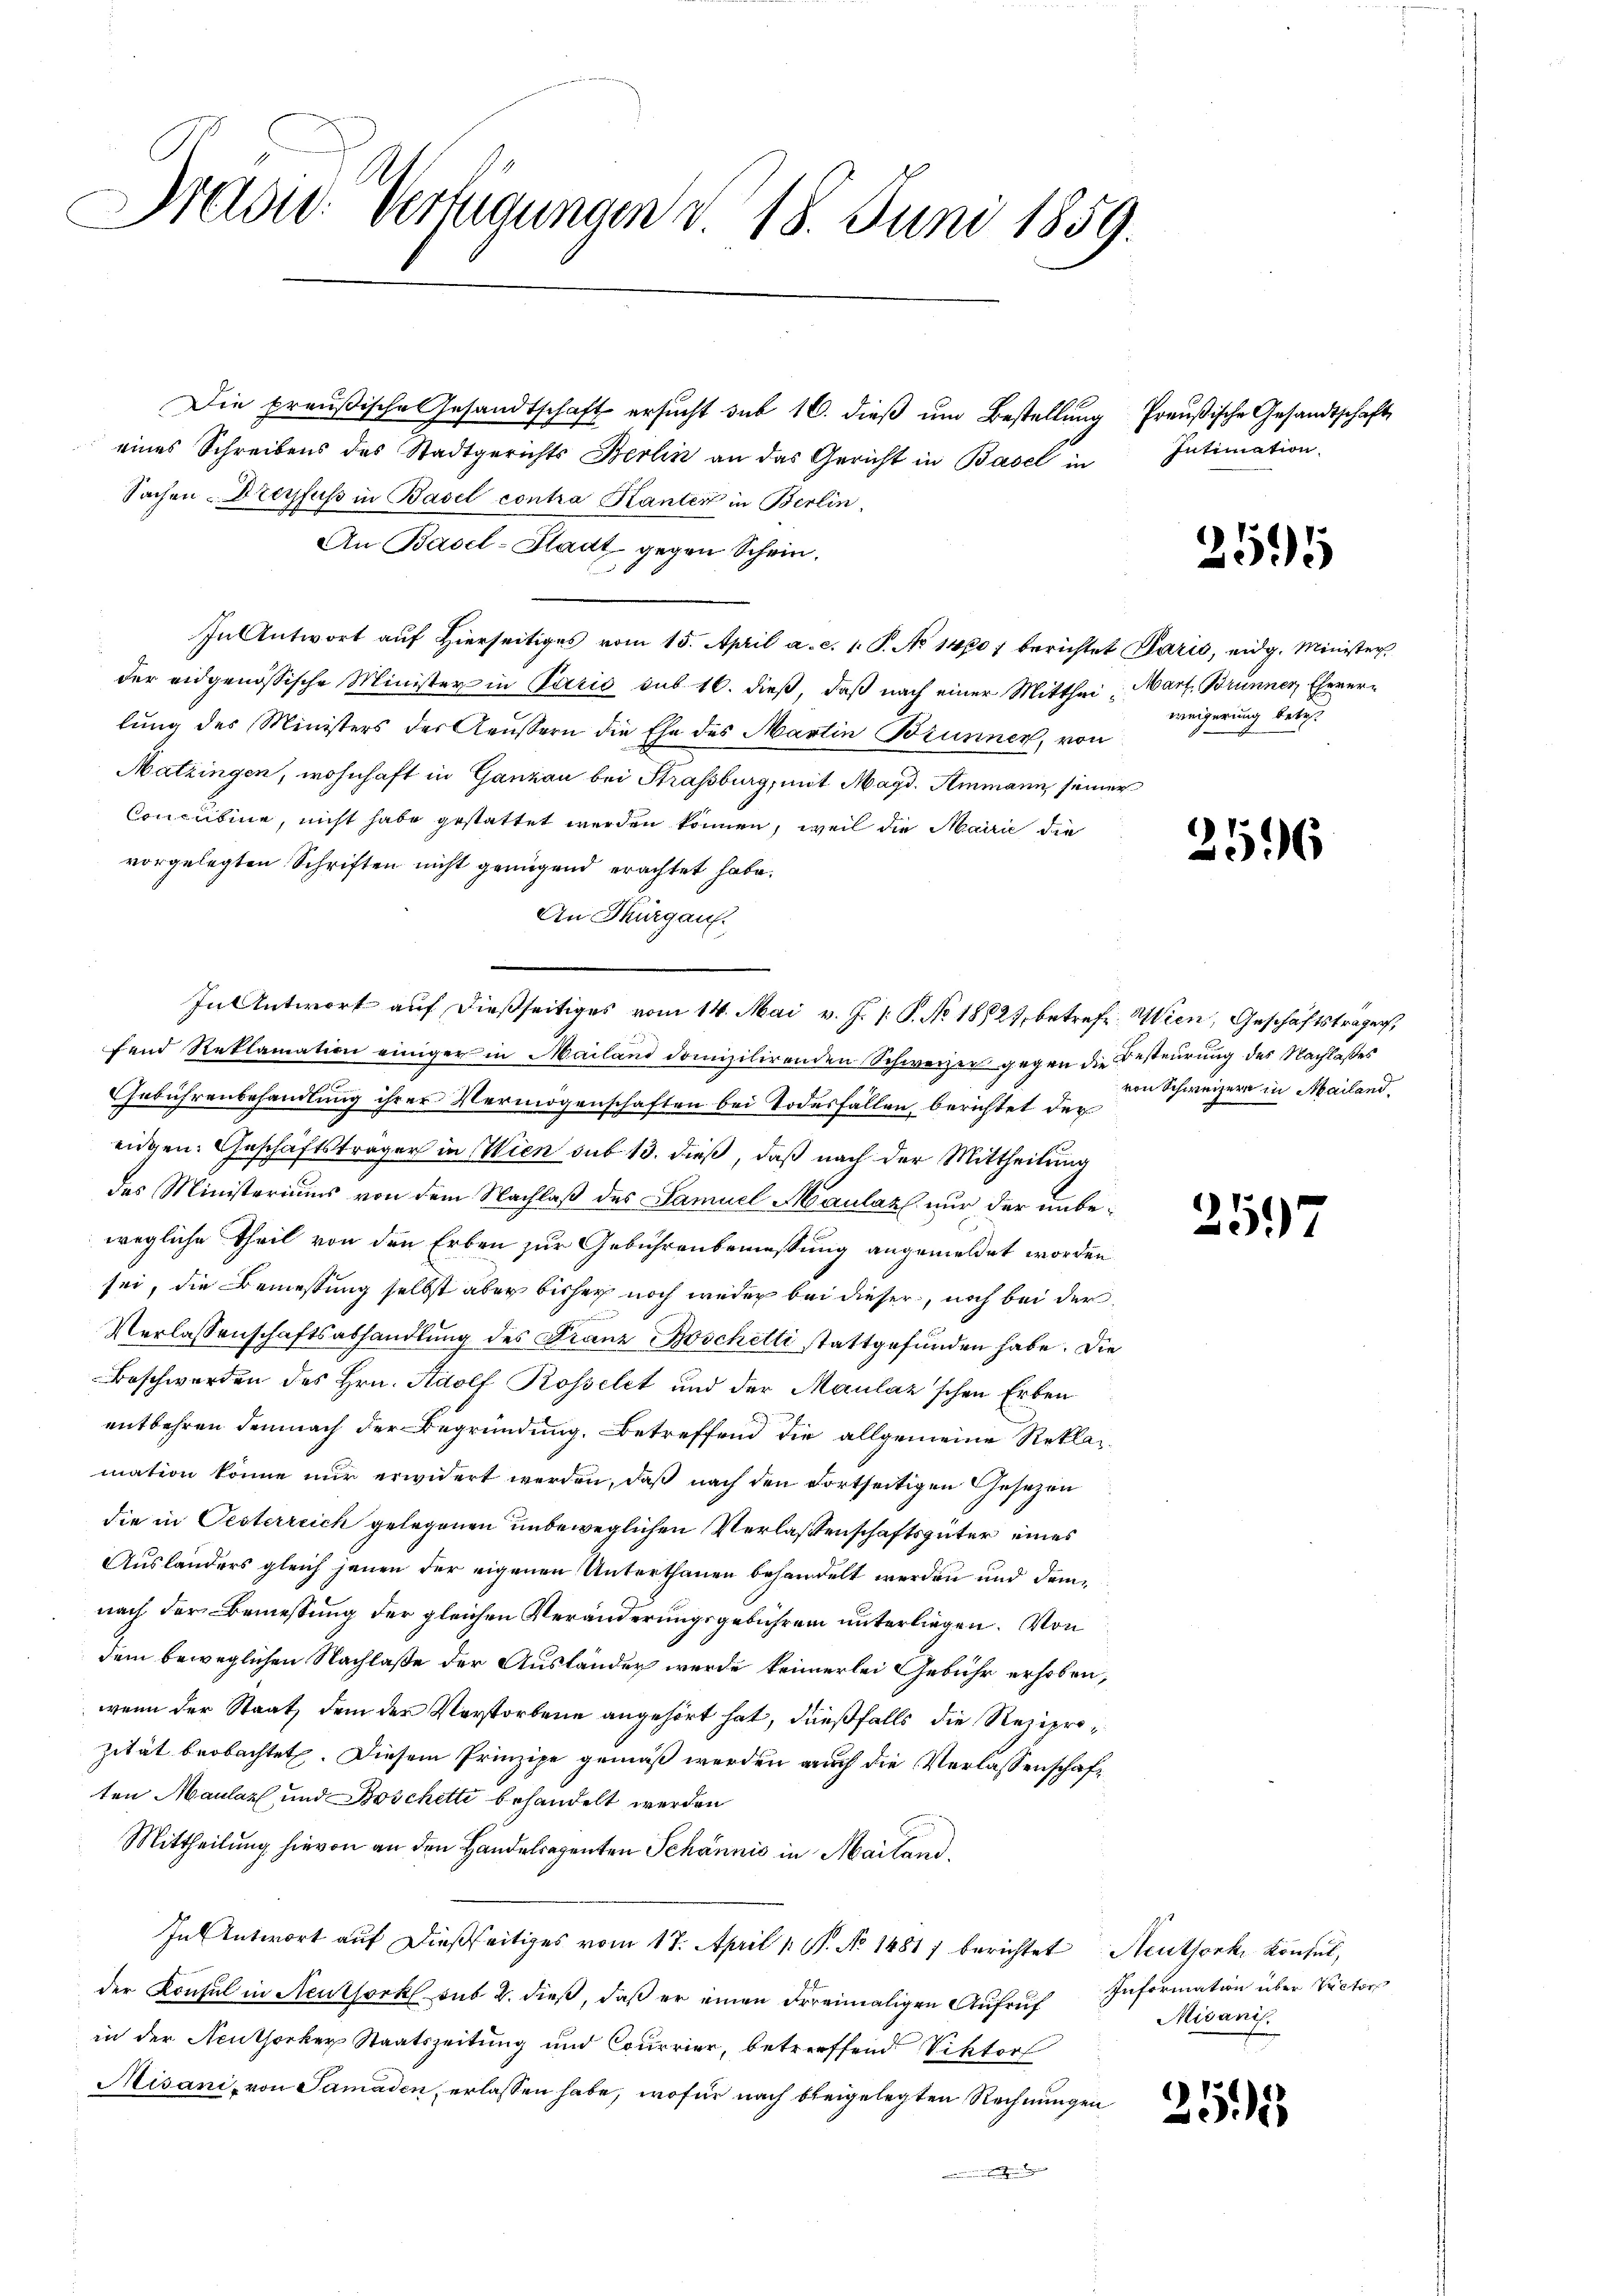
Nadw. Verfügungen v. 18. Juni 1859.

Die preußische Gesandtschaft ersucht sub 16. dieß um Bestellung
eines Schreibens des Stadtgerichts Berlin an das Gericht in Basel in
Sachen Dreyfuss in Basel contra Kanten in Berlin,
An Basel-Stadt gegen Schein.
In Antwort auf Hierseitiges vom 15. April a. c. s. S. No 1400) berichtet Paris, eidg. Minister
der eidgenössische Minister in Paris sub 16. dieß, daß nach einer Mitthei- Mart, Brunner Eheverlung des Ministers der Aeußern die Ehe des Martin Brunner, von
Matzingen, wohnhaft in Ganzen bei Strassburg, mit Magd. Ammann, seiner
Concubine, nicht habe gestattet werden können, weil die Mairie die
vorgelegten Schriften nicht genügend erachtet habe.
An Thurgau.
fend Reklamation einiger in Mailand domizilirenden Schweizer gegen die Besteurung des Nachlaßes
Gebührenbehandlung ihrer Vermögenschaften bei Todesfällen berichtet der
eidgen. Geschäftsträger in Wien sub 13. dieß, daß nach der Mittheilung
des Ministeriums von dem Nachlaß des Samuel Maulaz nur der unbewegliche Theil von den Erben zur Gebührenbemessung angemeldet worden
sei, die Bemessung selbst aber bisher noch weder bei dieser, noch bei der
Verlassenschaftsabhandlung des Franz Boschetti stattgefunden habe. Die
Beschwerden des Hrn. Adolf Rosselet und der Mauláz'schen Erben
entbehren demnach der Begründung. Betreffend die allgemeine Reklamation könne nur erwidert werden, daß nach den Fortseitigen Gesezen
die in Pesterreich gelegenen unbeweglichen Verlassenschaftsgüter eines
Ausländers gleich jenen der eigenen Unterthanen behandelt werden und drinnach der Bemessung der gleichen Veränderungsgebühren unterliegen. Von
dem beweglichen Nachlaße der Ausländer werde keinerlei Gebühr erhoben,
wenn der Staat, dem der Verstorbene angehört hat, dießfalls die Reziprozität beobachtet. Diesem Prinzipe gemäß werden auch die Verlassenschaften Maular und Boschetti behandelt werden
Mittheilung hievon an den Handelregenten Schännić in Mailand,
In Antwort aŭf dießseitiges vom 17. April 1 S. No 1481) berichtet Neuthork Konsul,
der Konsul in Neuthork sub 2. dieß, daß er einen Freimaligen Aufruf Information über Victor
in der Neuthorker Staatszeitung und Courrier, betreffend Viktorf
Misani, von Samaden, erlassen habe, wofür nach bleigelegten Rechnungen
ennen und ebendigen dage

In Antwort auf dießseitiges vom 14. Mai v. J. P. P. No 18827 betreff Wien, Geschäftsträger,

Preußische Gesandtschaft
Intimation.

251

weigerung betreff

2596

von Schweizern in Mailand,

2597

Misanis

255